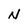
Character: N